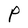
Character: P